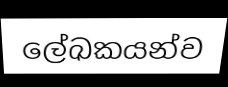
ලේඛකයන්ව